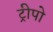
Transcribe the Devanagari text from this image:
ट्रीपो